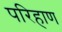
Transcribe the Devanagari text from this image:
परिहाण